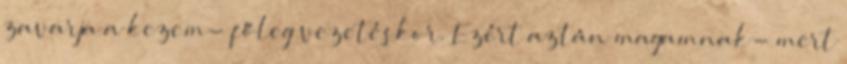
zavarja a kezem- főleg vezetéskor. Ezért aztán magamnak- mert